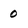
Character: 0